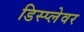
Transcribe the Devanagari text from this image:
डिस्प्लेवर